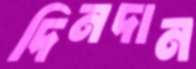
দিনদান